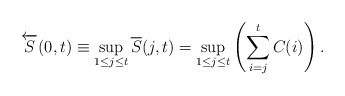
\begin{align*} \overleftarrow{S}(0,t) \equiv \sup_{1\le j\le t} \overline{S}(j,t) = \sup_{{1}\le{j}\le{t}}\left(\sum\limits_{i=j}\limits^{t}{C(i)}\right).\end{align*}